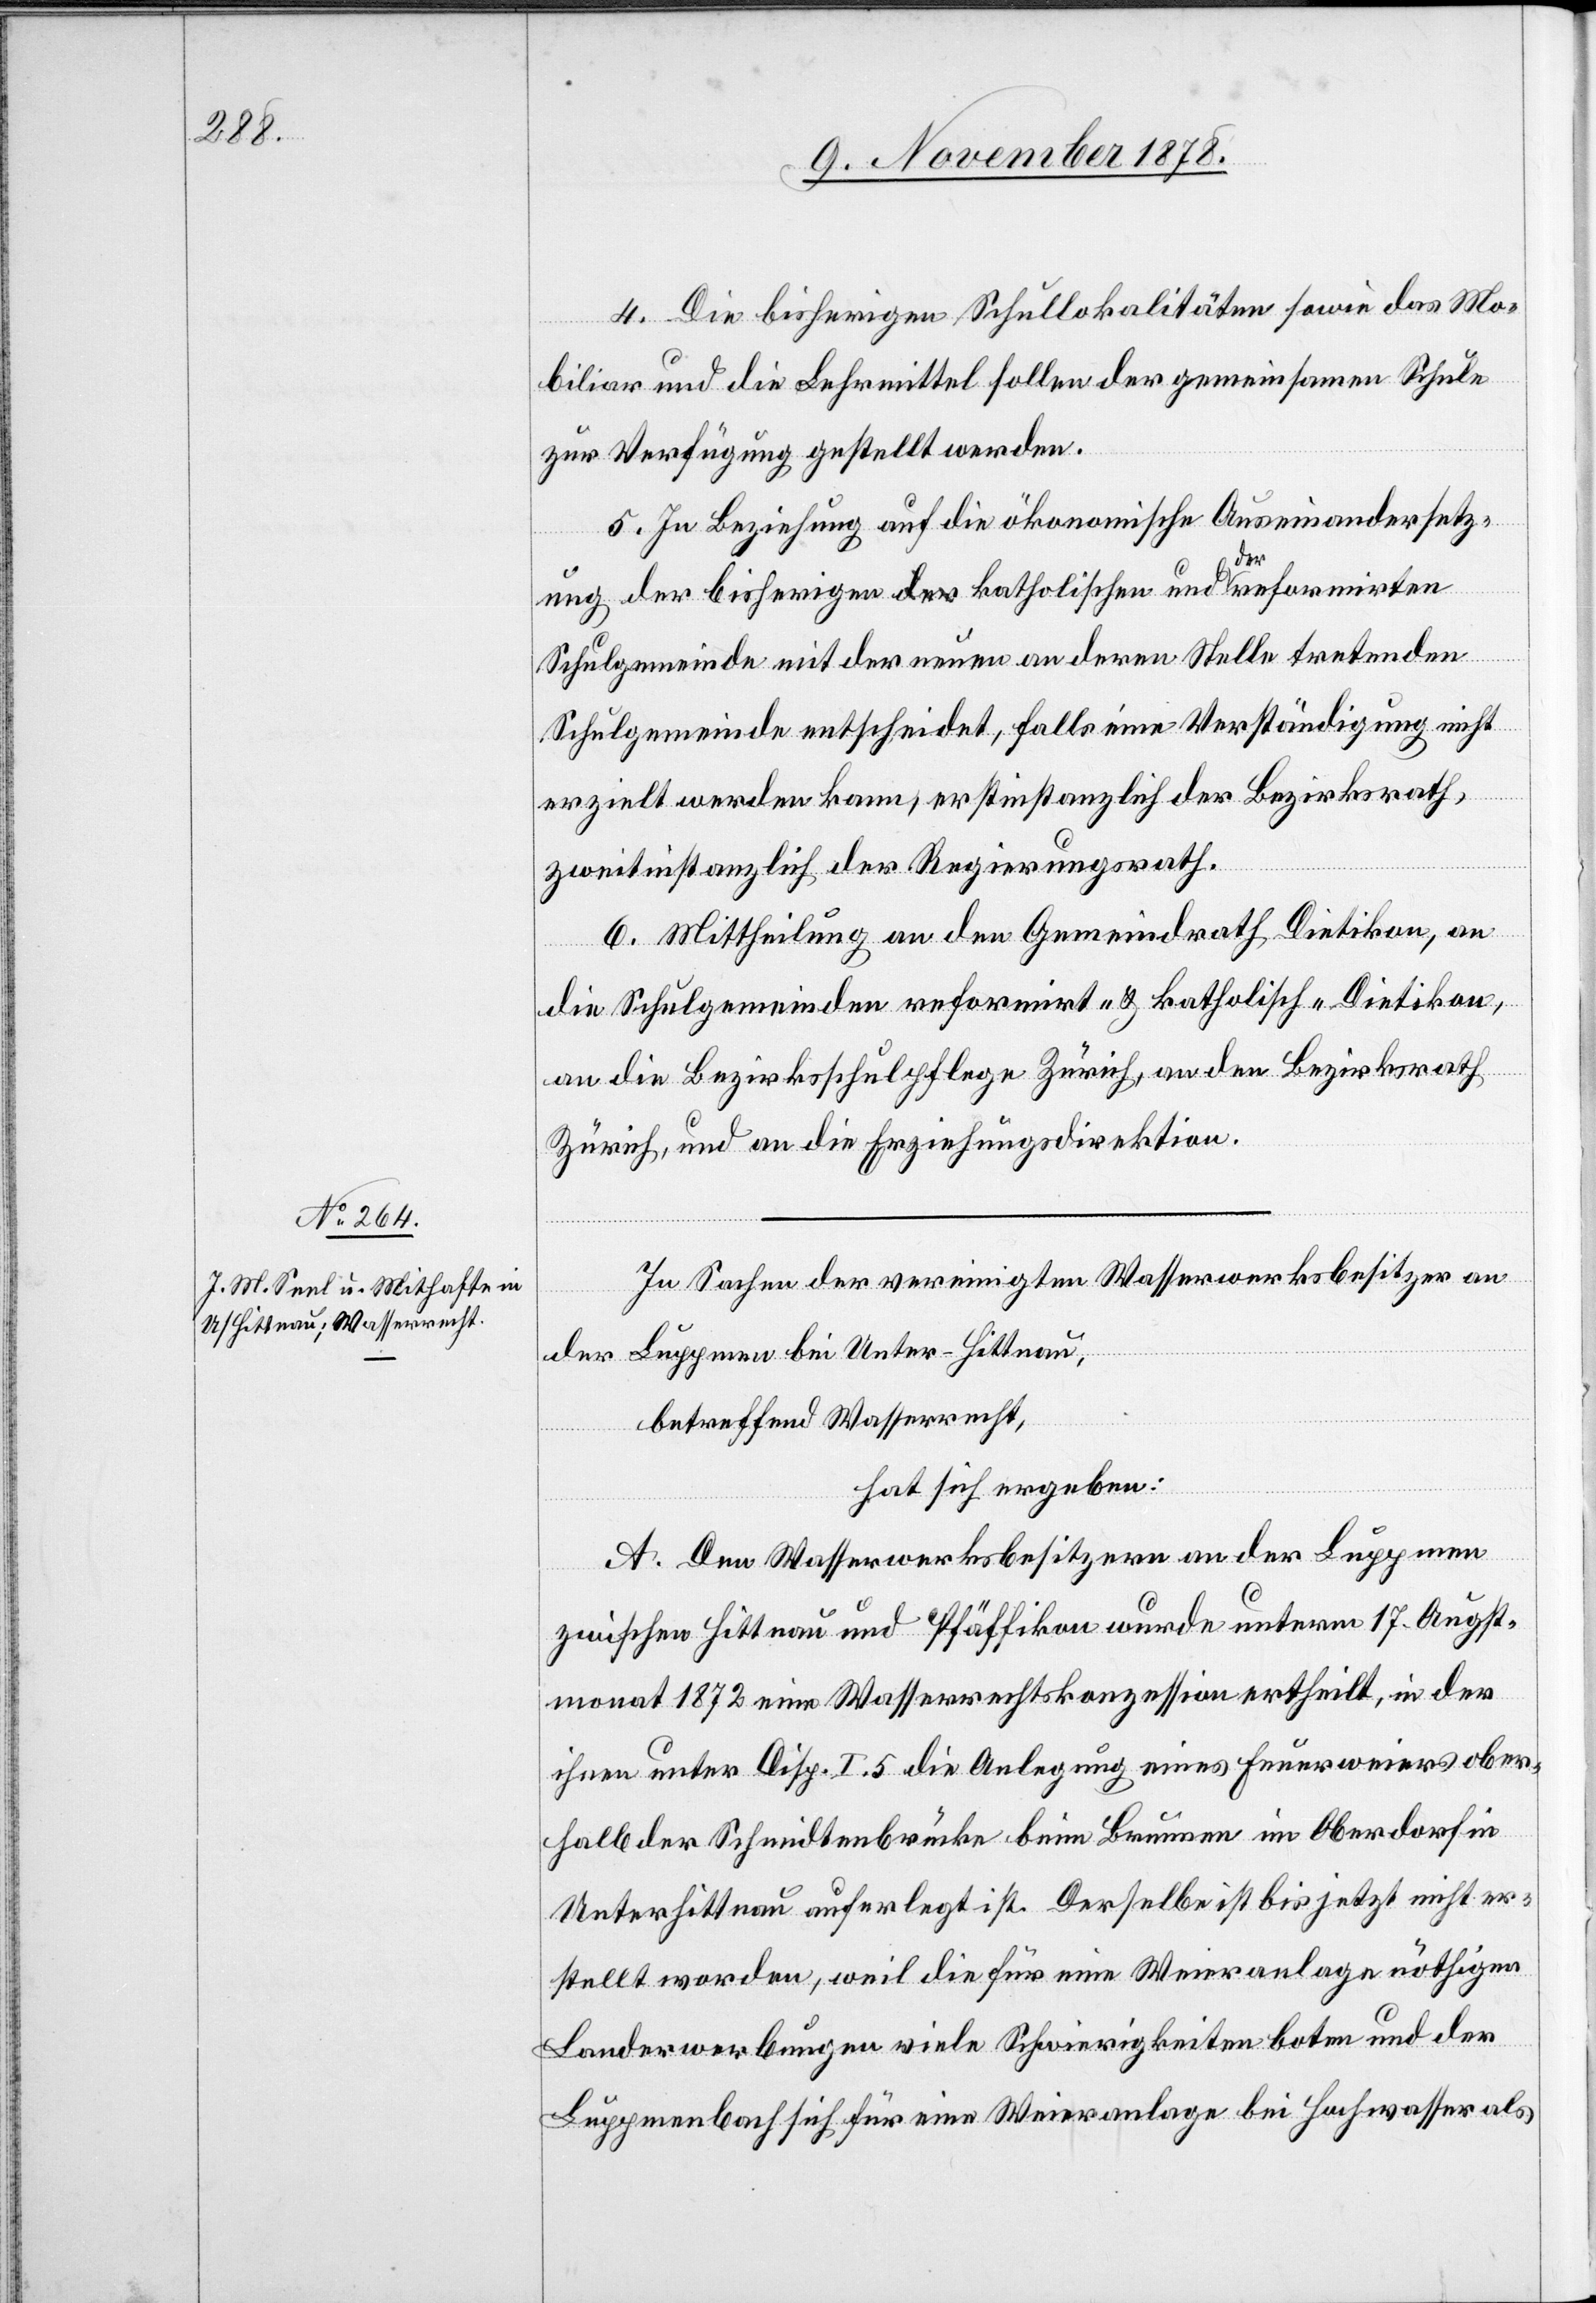
4. Die bisherigen Schullokalitäten sowie das Mo¬
biliar und die Lehrmittel sollen der gemeinsamen Schule
zur Verfügung gestellt werden.
5. In Beziehung auf die ökonomische Auseinandersetz¬
ung der bisherigen katholischen und der reformirten
Schulgemeinde mit der neuen an deren Stelle tretenden
Schulgemeinde entscheidet, falls eine Verständigung nicht
erzielt werden kann, erstinstanzlich der Bezirksrath,
zweitinstanzlich der Regierungsrath.
6. Mittheilung an den Gemeindrath Dietikon, an
die Schulgemeinden reformirt- & katholisch-Dietikon,
an die Bezirksschulpflege Zürich, an den Bezirksrath
Zürich, und an die Erziehungsdirektion.
In Sachen der vereinigten Wasserwerksbesitzer an
der Luppmen bei Unter-Hittnau,
betreffend Wasserrecht,
hat sich ergeben:
A. Den Wasserwerksbesitzern an der Luppmen
zwischen Hittnau und Pfäffikon wurde unterm 17. Augst¬
monat 1872 eine Wasserrechtskonzession ertheilt, in der
ihnen unter Disp. I. 5 die Anlegung eines Feuerweiers ober¬
halb der Schmidtenbrücke beim Brunnen im Oberdorf in
Unterhittnau auferlegt ist. Derselbe ist bis jetzt nicht er¬
stellt worden, weil die für eine Weieranlage nöthigen
Landerwerbungen viele Schwierigkeiten boten und der
Luppmenbach sich für eine Weieranlage bei Hochwasser als